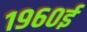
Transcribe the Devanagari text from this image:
१९६०ई